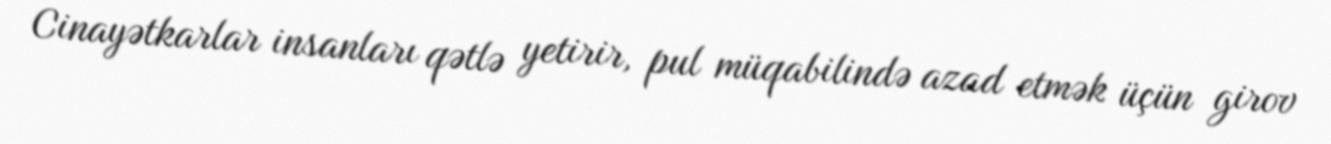
Cinayətkarlar insanları qətlə yetirir, pul müqabilində azad etmək üçün girov